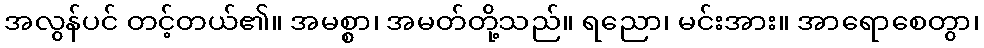
အလွန်ပင် တင့်တယ်၏။ အမစ္စာ၊ အမတ်တို့သည်။ ရညော၊ မင်းအား။ အာရောစေတွာ၊